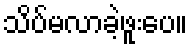
သိပ်မလာခဲ့ဖူးပေ။